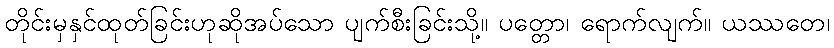
တိုင်းမှနှင်ထုတ်ခြင်းဟုဆိုအပ်သော ပျက်စီးခြင်းသို့။ ပတ္တော၊ ရောက်လျက်။ ယဿတေ၊